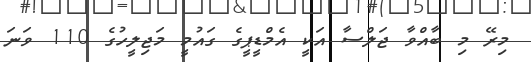
މިރޭ މި ބާއްވާ ޖަލްސާ އަކީ އެމްޑީޕީގެ ގައުމީ މަޖިލީހުގެ 110 ވަނަ